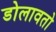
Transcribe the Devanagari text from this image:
डोलावतो